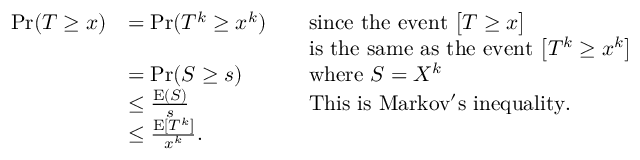
\begin{array} { r l r l } { \operatorname* { P r } ( T \geq x ) } & { = \operatorname* { P r } ( T ^ { k } \ge x ^ { k } ) } & & { \mathrm { s i n c e ~ t h e ~ e v e n t ~ } \big [ T \ge x \big ] } \\ & { } & & { \mathrm { i s ~ t h e ~ s a m e ~ a s ~ t h e ~ e v e n t ~ } \big [ T ^ { k } \ge x ^ { k } \big ] } \\ & { = \operatorname* { P r } ( S \ge s ) } & & { \mathrm { w h e r e ~ } S = X ^ { k } } \\ & { \le \frac { \operatorname E ( S ) } s } & & { \mathrm { T h i s ~ i s ~ M a r k o v ' s ~ i n e q u a l i t y . } } \\ & { \le \frac { \operatorname E [ T ^ { k } ] } { x ^ { k } } . } \end{array}